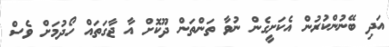
އަދި ބޭނުންކުރުން އެކަށީގެން ނުވާ ތަންތަން ދޫކޮށް އާ ޖާގަތައް ހޯދުމަށް ވެސް